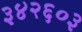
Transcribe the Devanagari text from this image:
३४२६०३